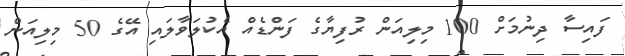
ފައިސާ ދިނުމަށް 100 މިލިއަން ރުފިޔާގެ ފަންޑެއް އެކުލަވާލައި އޭގެ 50 މިލިއަން